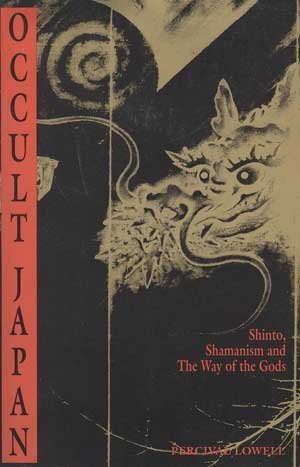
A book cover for Occult Japan: Shinto, Shamanism and the Way of the Gods; Percival Lowell; Religion & Spirituality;